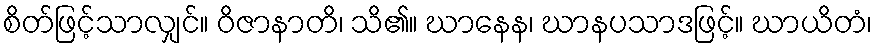
စိတ်ဖြင့်သာလျှင်။ ဝိဇာနာတိ၊ သိ၏။ ဃာနေန၊ ဃာနပသာဒဖြင့်။ ဃာယိတံ၊